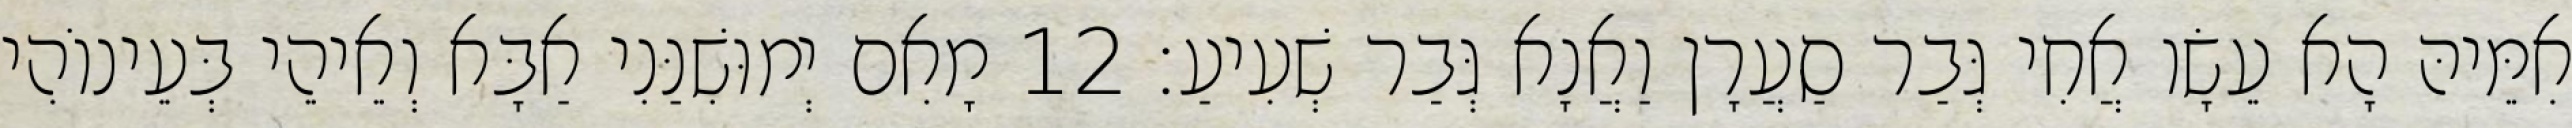
אִמֵּיהּ הָא עֵשָׂו אֲחִי גְּבַר סַעֲרָן וַאֲנָא גְּבַר שְׁעִיעַ׃ 12 מָאִם יְמוּשִׁנַּנִי אַבָּא וְאֵיהֵי בְּעֵינוֹהִי